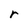
Character: r